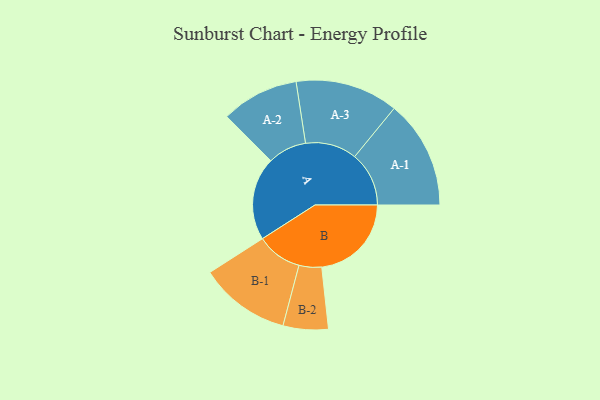
{"axis": {"x": "Segment", "y": "Value"}, "legend": ["", "A", "B"], "data": [{"x": "A", "y": 446, "type": ""}, {"x": "B", "y": 481, "type": ""}, {"x": "A-1", "y": 291, "type": "A"}, {"x": "A-2", "y": 208, "type": "A"}, {"x": "A-3", "y": 276, "type": "A"}, {"x": "B-1", "y": 244, "type": "B"}, {"x": "B-2", "y": 121, "type": "B"}]}